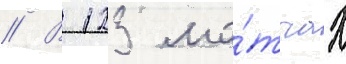
// В 123 ма́тчах